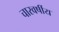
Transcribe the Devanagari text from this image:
चारवर्षीय